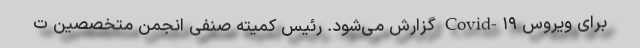
برای ویروس Covid-۱۹ گزارش می‌شود. رئیس کمیته صنفی انجمن متخصصین ت